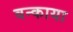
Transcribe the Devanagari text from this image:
वन्काया